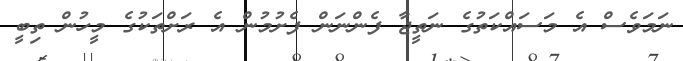
ނަމަވެސް އެ މަސައްކަތުގެ ނަތީޖާ ފެންނަން ފެށުމުން އެ ރަށްތަކުގެ މީހުން ތިބީ